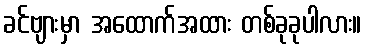
ခင်ဗျားမှာ အထောက်အထား တစ်ခုခုပါလား။